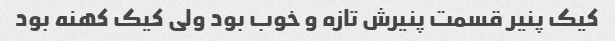
کیک پنیر قسمت پنیرش تازه و خوب بود ولی کیک کهنه بود